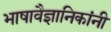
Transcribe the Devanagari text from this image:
भाषावैज्ञानिकांनी